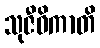
သုဇီဝိကာတိ